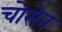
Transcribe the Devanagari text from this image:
चोसेन